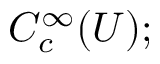
C _ { c } ^ { \infty } ( U ) ;